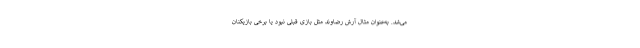
می‌شد. به‌عنوان مثال آرش رضاوند مثل بازی قبلی نبود یا برخی بازیکنان